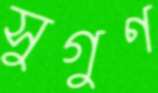
সুগুণ